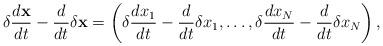
LaTeX: \begin{align*}\delta\dfrac{d\textbf{x}}{dt}-\dfrac{d}{dt}\delta{\textbf{x}}=\left(\delta\dfrac{dx_1}{dt}-\dfrac{d}{dt}\delta{x_1},\ldots,\delta\dfrac{dx_N}{dt}-\dfrac{d}{dt}\delta{x_N}\right),\end{align*}